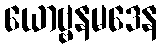
ယောဗ္ဗနမဒေန